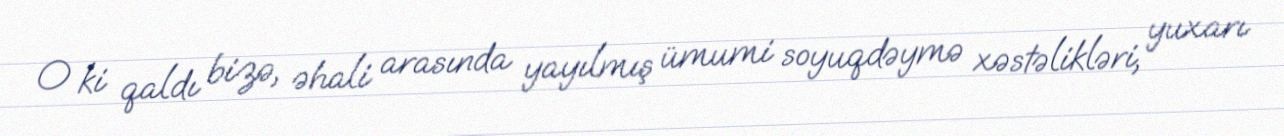
O ki qaldı bizə, əhali arasında yayılmış ümumi soyuqdəymə xəstəlikləri, yuxarı